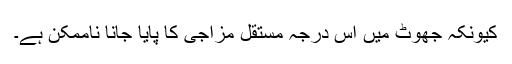
کیونکہ جھوٹ میں اس درجہ مستقل مزاجی کا پایا جانا ناممکن ہے۔